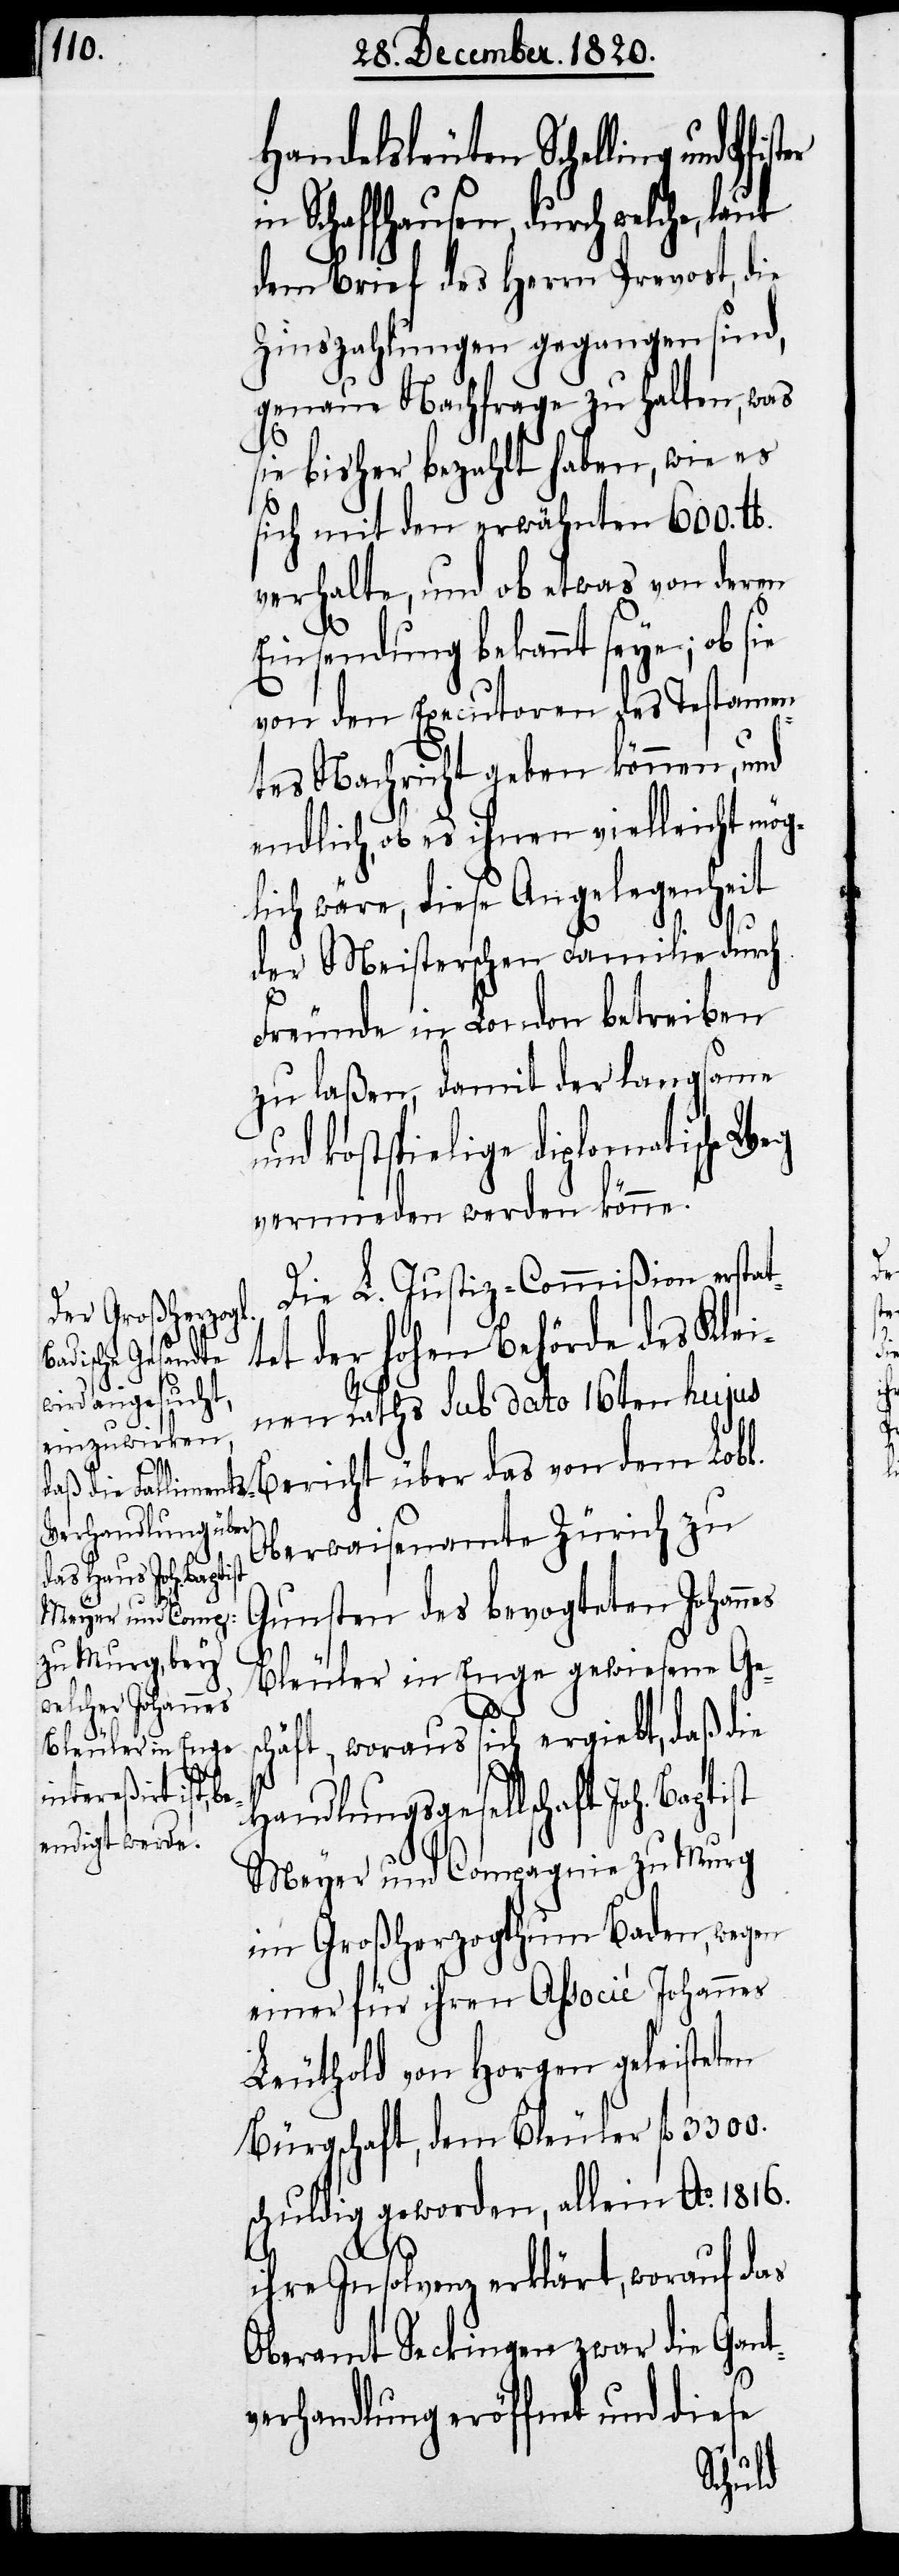
es

Handelsleuten Schelling und
Schaffhausen, durch welche,
dem Brief des Herrn Prevost, die
Zinszahlungen gegangen sind,
genaue Nachfrage zu halten, was
sie bisher bezahlt haben, wie es
sich mit den erwähnten 600. lb.
verhalte, und ob etwas von deren
Einsendung bekannt seye; ob sie
von den Executoren des Testamen¬
tes Nachricht geben können, und
endlich, ob es ihnen vielleicht mög¬
lich wäre, diese Angelegenheit
der Meisterschen Familie durch
Freunde in London betreiben
zu laßen, damit der langsame
und kostspielige diplomatische Weg
vermieden werden könne.
Die L. Justiz-Commißion erstat¬
tet der hohen Behörde des Klei¬
nen Raths sub dato 16ten hujus
Oberwaisenamte Zürich zu
das von dem Lobl.
Gunsten des bevogteten Johann¬
Bleuler in Enge gewiesene Ges¬
chäft, woraus sich ergiebt, daß die
Bericht über
Handlungsgesellschaft Joh.
Meyer und Compagnie zu Murg
im Großherzogthum Baden, wegen
einer für ihren Associé Johannes
Leuthold von Horgen geleisteten
Bürgschaft, dem Bleuler fl. 3300.
schuldig geworden, allein Ao. 1816.
ihre Insolvenz erklärt, worauf das
Oberamt Seckingen zwar die Gant¬
verhandlung eröffnet und diese